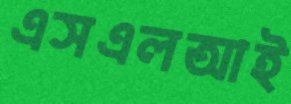
এসএলআই